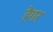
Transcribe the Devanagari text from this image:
हैगर